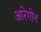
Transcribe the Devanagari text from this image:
आरेगोन